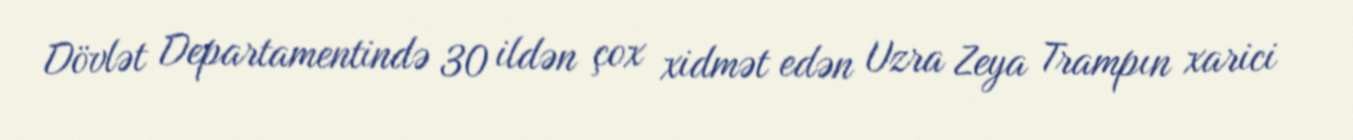
Dövlət Departamentində 30 ildən çox xidmət edən Uzra Zeya Trampın xarici